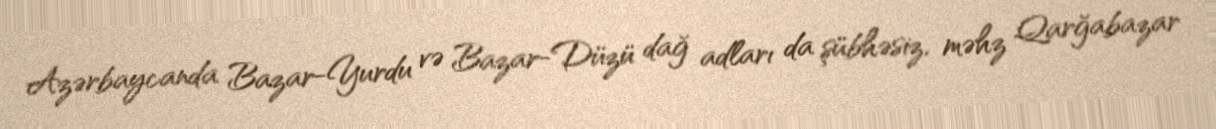
Azərbaycanda Bazar-Yurdu və Bazar-Düzü dağ adları da şübhəsiz, məhz Qarğabazar